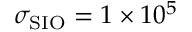
\sigma _ { \mathrm { { S I O } } } = 1 \times 1 0 ^ { 5 }